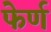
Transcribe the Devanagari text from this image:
फेर्ण